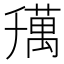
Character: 𦼌